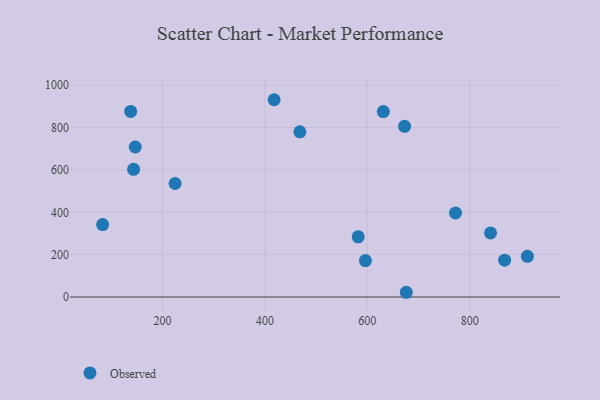
{"axis": {"x": "Experience", "y": "Exam Score"}, "legend": ["Observed"], "data": [{"x": "468.3", "y": 779.8, "type": "Observed"}, {"x": "143.6", "y": 602.8, "type": "Observed"}, {"x": "868.2", "y": 174.0, "type": "Observed"}, {"x": "137.9", "y": 876.2, "type": "Observed"}, {"x": "418.0", "y": 931.5, "type": "Observed"}, {"x": "596.3", "y": 172.0, "type": "Observed"}, {"x": "672.8", "y": 806.1, "type": "Observed"}, {"x": "772.3", "y": 396.6, "type": "Observed"}, {"x": "676.1", "y": 22.4, "type": "Observed"}, {"x": "582.2", "y": 284.2, "type": "Observed"}, {"x": "912.6", "y": 191.9, "type": "Observed"}, {"x": "224.6", "y": 536.0, "type": "Observed"}, {"x": "146.8", "y": 708.3, "type": "Observed"}, {"x": "840.7", "y": 302.5, "type": "Observed"}, {"x": "83.1", "y": 341.9, "type": "Observed"}, {"x": "631.3", "y": 875.6, "type": "Observed"}]}